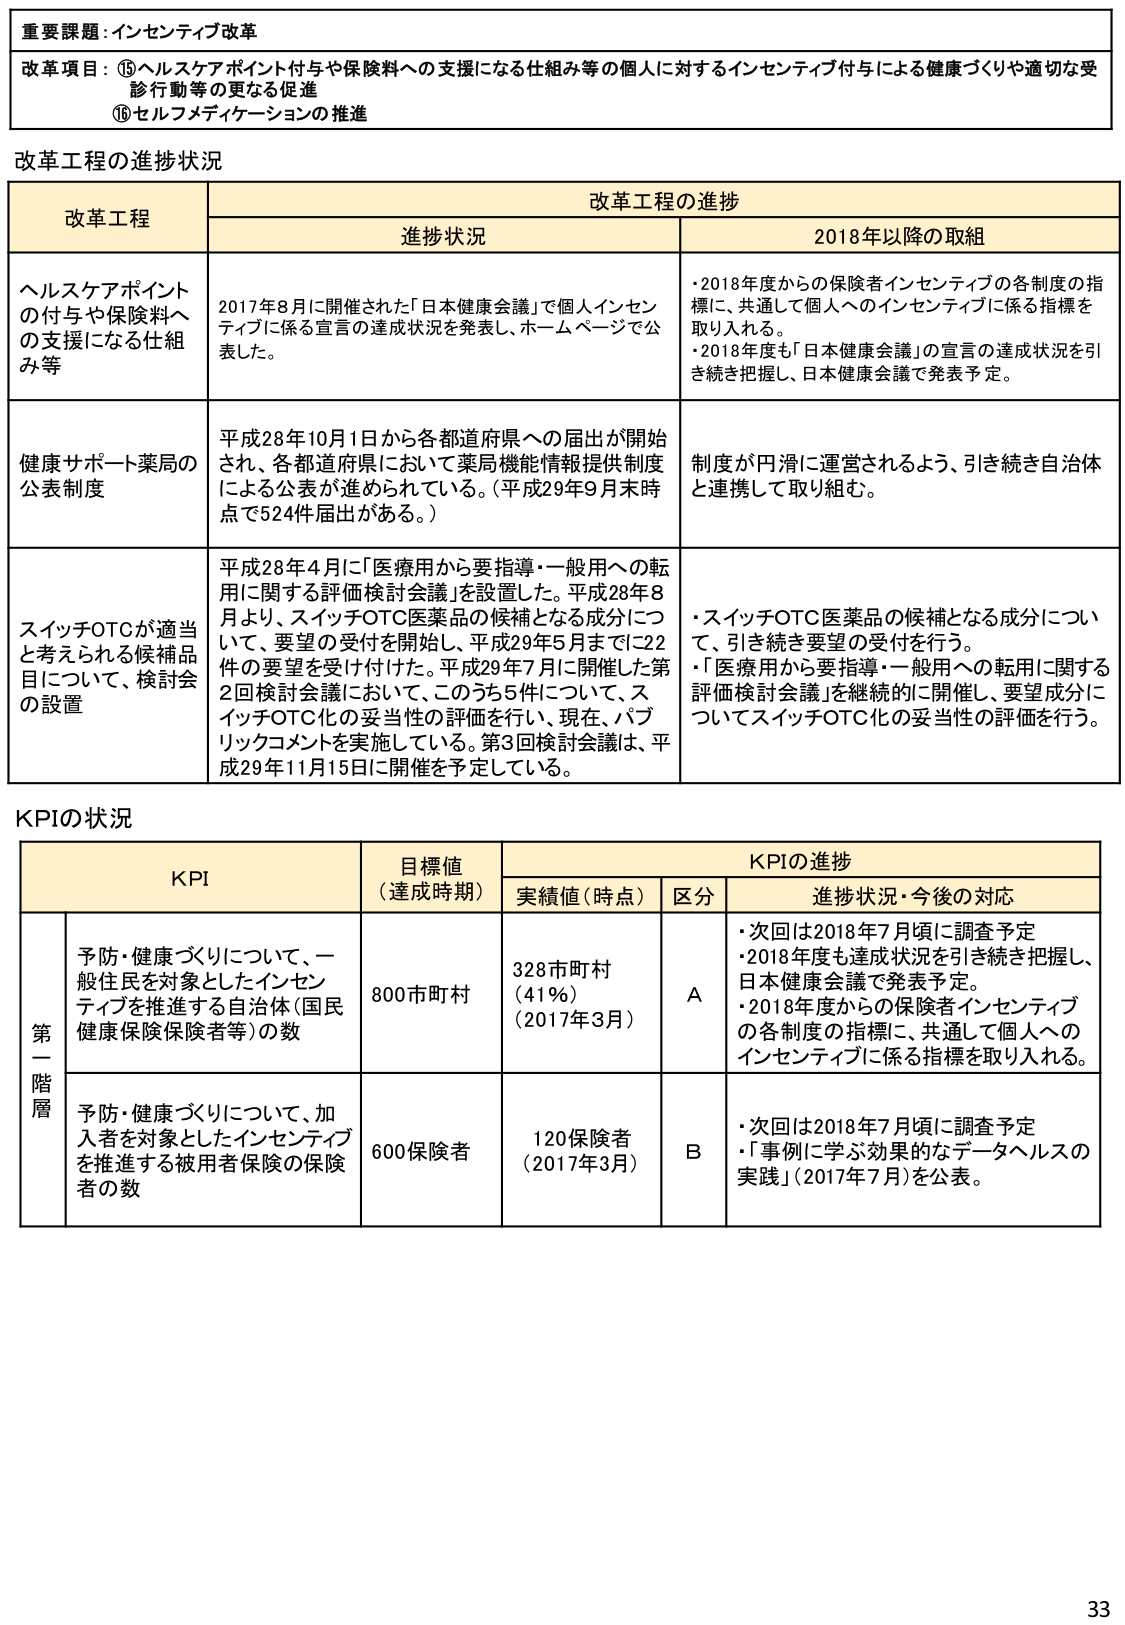
重要課題：インセンティブ改革

改革項目：⑮ヘルスケアポイント付与や保険料への支援になる仕組み等の個人に対するインセンティブ付与による健康づくりや適切な受診行動等の更なる促進
⑯セルフメディケーションの推進

改革工程の進捗状況

| 改革工程 | 改革工程の進捗 |
|----------|----------------|
| | 進捗状況 | 2018年以降の取組 |
| ヘルスケアポイントの付与や保険料への支援になる仕組み等 | 2017年8月に開催された「日本健康会議」で個人インセンティブに係る宣言の達成状況を発表し、ホームページで公表した。 | ・2018年度からの保険者インセンティブの各制度の指標に、共通して個人へのインセンティブに係る指標を取り入れる。<br>・2018年度も「日本健康会議」の宣言の達成状況を引き続き把握し、日本健康会議で発表予定。 |
| 健康サポート薬局の公表制度 | 平成28年10月1日から各都道府県への届出が開始され、各都道府県において薬局機能情報提供制度による公表が進められている。（平成29年9月末時点で524件届出がある。） | 制度が円滑に運営されるよう、引き続き自治体と連携して取り組む。 |
| スイッチOTCが適当と考えられる候補品目について、検討会の設置 | 平成28年4月に「医療用から要指導・一般用への転用に関する評価検討会議」を設置した。平成28年8月より、スイッチOTC医薬品の候補となる成分について、要望の受付を開始し、平成29年5月までに22件の要望を受け付けた。平成29年7月に開催した第2回検討会議において、このうち5件について、スイッチOTC化の妥当性の評価を行い、現在、パブリックコメントを実施している。第3回検討会議は、平成29年11月15日に開催を予定している。 | ・スイッチOTC医薬品の候補となる成分について、引き続き要望の受付を行う。<br>・「医療用から要指導・一般用への転用に関する評価検討会議」を継続的に開催し、要望成分についてスイッチOTC化の妥当性の評価を行う。 |

KPIの状況

| KPI | 目標値（達成時期） | KPIの進捗 |
|-----|------------------|-----------|
| | | 実績値（時点） | 区分 | 進捗状況・今後の対応 |
| 第一階層 | 予防・健康づくりについて、一般住民を対象としたインセンティブを推進する自治体（国民健康保険保険者等）の数 | 800市町村 | 328市町村（41％）（2017年3月） | A | ・次回は2018年7月頃に調査予定<br>・2018年度も達成状況を引き続き把握し、日本健康会議で発表予定。<br>・2018年度からの保険者インセンティブの各制度の指標に、共通して個人へのインセンティブに係る指標を取り入れる。 |
| | 予防・健康づくりについて、加入者を対象としたインセンティブを推進する被用者保険の保険者の数 | 600保険者 | 120保険者（2017年3月） | B | ・次回は2018年7月頃に調査予定<br>・「事例に学ぶ効果的なデータヘルスの実践」（2017年7月）を公表。 |

33